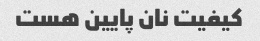
کیفیت نان پایین هست